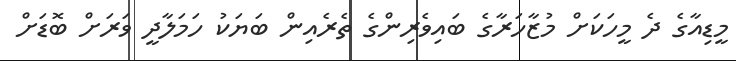
މީޑިއާގެ ދެ މީހަކަށް މުޒާހަރާގެ ބައިވެރިންގެ ތެރެއިން ބަޔަކު ހަމަލާދީ ވަރަށް ބޮޑަށް